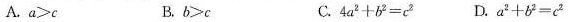
A.$$a>c$$ B.$$b>c$$ C.$$4a^{2}+b^{2}=c^{2}$$ D.$$a^{2}+b^{2}=c^{2}$$